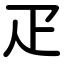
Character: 疋